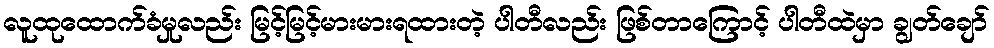
လူထုထောက်ခံမှုလည်း မြင့်မြင့်မားမားရထားတဲ့ ပါတီလည်း ဖြစ်တာကြောင့် ပါတီထဲမှာ ချွတ်ချော်